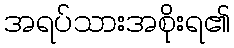
အရပ်သားအစိုးရ၏